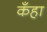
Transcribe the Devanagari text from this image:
कँहा